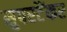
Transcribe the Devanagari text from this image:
सुपरटैंकर